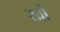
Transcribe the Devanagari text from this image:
खों